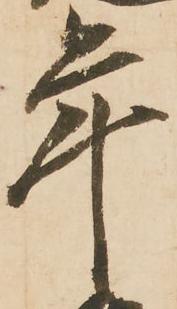
年